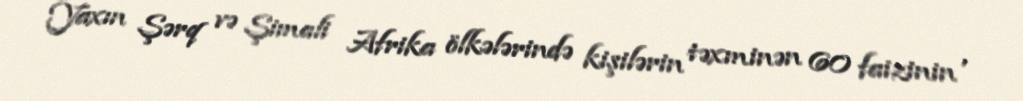
Yaxın Şərq və Şimali Afrika ölkələrində kişilərin təxminən 60 faizinin ,